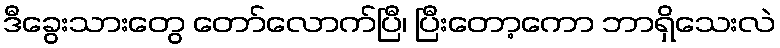
ဒီခွေးသားတွေ တော်လောက်ပြီ၊ ပြီးတော့ကော ဘာရှိသေးလဲ